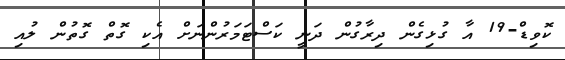
ކޮވިޑް-19 އާ ގުޅިގެން ދިރާގުން ދަނީ ކަސްޓަމަރުންނަށް އެކި ގޮތް ގޮތުން ލުއި